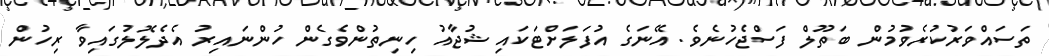
ތަސައްވަރުކުރެވުމުން ބަތޫލް ފަސްޖެހުނެވެ. އޭނަގެ އުފަލަށްޓަކައި ޝުޖާއު ހިނިތުންވެގެން ހުންނައިރު އެދެލޮލުގައިވާ ރިހުން